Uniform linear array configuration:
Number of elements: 64
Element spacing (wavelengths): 0.25
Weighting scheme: uniform
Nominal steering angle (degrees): -45
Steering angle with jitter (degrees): -43.931
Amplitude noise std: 0.05
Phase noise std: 0.05

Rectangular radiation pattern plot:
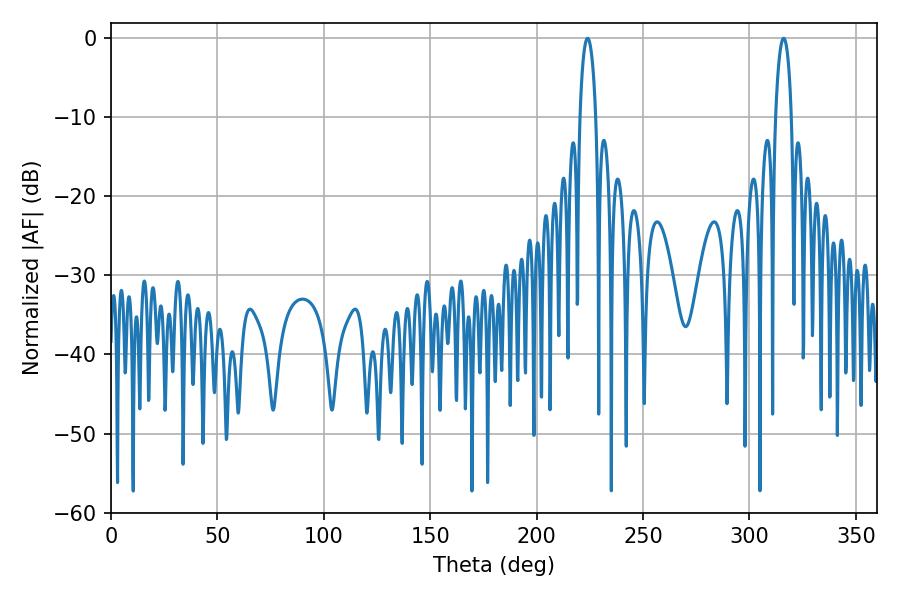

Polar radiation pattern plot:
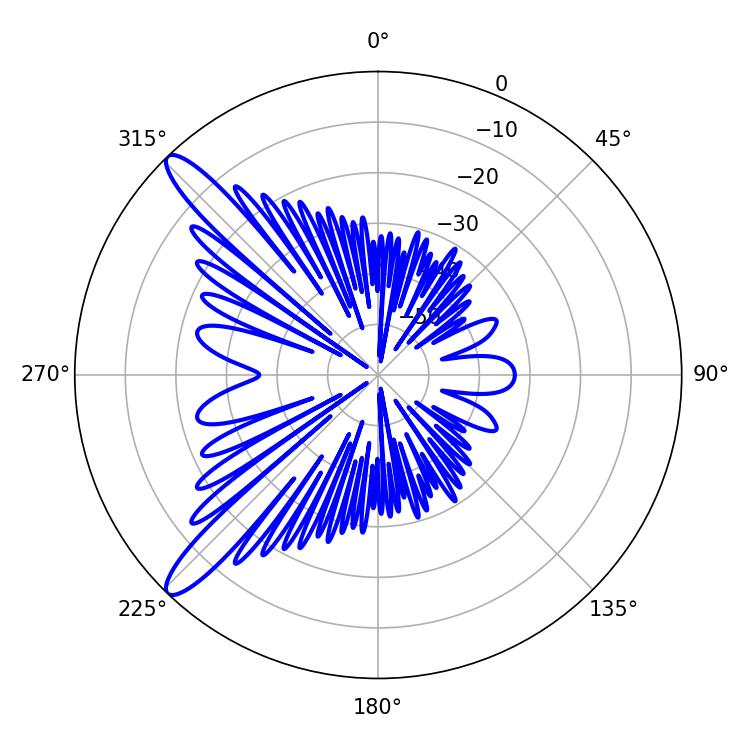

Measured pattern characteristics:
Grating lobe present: FALSE
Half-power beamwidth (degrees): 4.14
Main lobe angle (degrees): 223.92